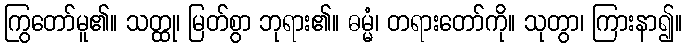
ကြွတော်မူ၏။ သတ္ထု၊ မြတ်စွာ ဘုရား၏။ ဓမ္မံ၊ တရားတော်ကို။ သုတွာ၊ ကြားနာ၍။